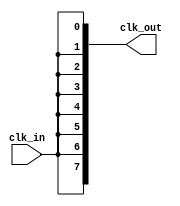
module HighFanoutClockBuffer (
    input wire clk_in,               // Input clock signal
    output wire [NUM_OUTPUTS-1:0] clk_out // Output clock signals
);
    // Parameter to define the number of outputs
    parameter NUM_OUTPUTS = 8; // Change this value as needed for more outputs

    // Internal signal to hold the buffered clock
    wire clk_buf;

    // Buffering stage: replicate the input clock signal
    // Using a simple assign statement for demonstration purposes
    // In a real design, you might use a dedicated buffer primitive or a more complex structure
    assign clk_buf = clk_in;

    // Drive multiple outputs with the buffered clock
    genvar i;
    generate
        for (i = 0; i < NUM_OUTPUTS; i = i + 1) begin : clk_output
            assign clk_out[i] = clk_buf; // Each output replicates the buffered clock
        end
    endgenerate

endmodule